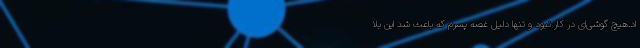
اد.هیچ گوشی‌ای در کار نبود و تنها دلیل غصه پسرم که باعث شد این بلا